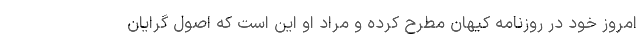
امروز خود در روزنامه کیهان مطرح کرده و مراد او این است که اصول گرایان